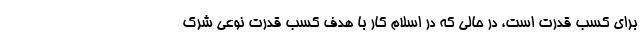
برای کسب قدرت است، در حالی که در اسلام کار با هدف کسب قدرت نوعی شرک